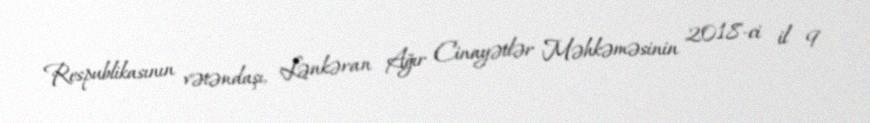
Respublikasının vətəndaşı, Lənkəran Ağır Cinayətlər Məhkəməsinin 2018-ci il 9